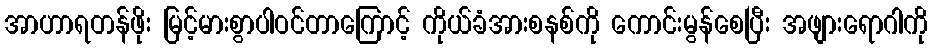
အာဟာရတန်ဖိုး မြင့်မားစွာပါဝင်တာကြောင့် ကိုယ်ခံအားစနစ်ကို ကောင်းမွန်စေပြီး အဖျားရောဂါကို